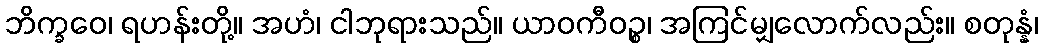
ဘိက္ခဝေ၊ ရဟန်းတို့။ အဟံ၊ ငါဘုရားသည်။ ယာဝကီဝဉ္စ၊ အကြင်မျှလောက်လည်း။ စတုန္နံ၊